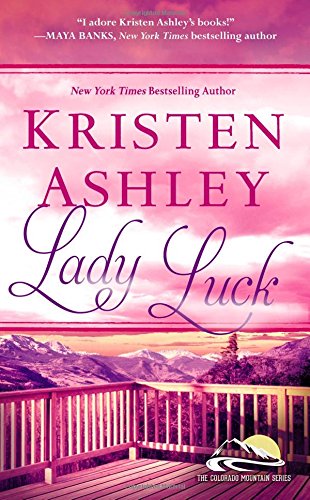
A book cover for Lady Luck (Colorado Mountain); Kristen Ashley; Romance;